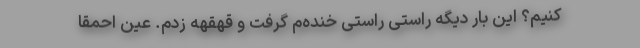
کنیم؟ این بار دیگه راستی راستی خنده‌م گرفت و قهقهه زدم. عین احمقا